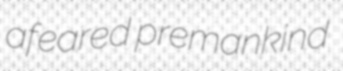
afeared premankind